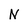
Character: N